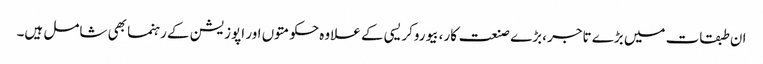
ان طبقات میں بڑے تاجر ،بڑے صنعت کار، بیوروکریسی کے علاوہ حکومتوں اور اپوزیشن کے رہنما بھی شامل ہیں۔